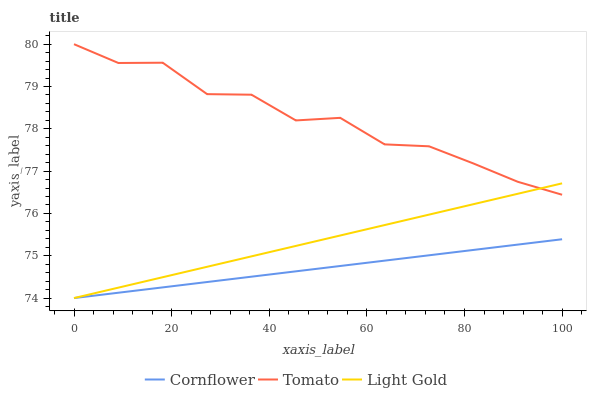
| xaxis_label | Cornflower | Tomato | Light Gold |
 | --- | --- | --- | --- |
 | 0 | 74 | 80 | 74 |
 | 9.09 | 74.1 | 79.6 | 74.2 |
 | 18.2 | 74.3 | 79.6 | 74.5 |
 | 27.3 | 74.4 | 78.8 | 74.7 |
 | 36.4 | 74.5 | 78.8 | 75 |
 | 45.5 | 74.6 | 78.2 | 75.2 |
 | 54.5 | 74.8 | 78.3 | 75.5 |
 | 63.6 | 74.9 | 77.6 | 75.7 |
 | 72.7 | 75 | 77.6 | 76 |
 | 81.8 | 75.1 | 77.2 | 76.2 |
 | 90.9 | 75.3 | 76.7 | 76.5 |
 | 100 | 75.4 | 76.4 | 76.7 |